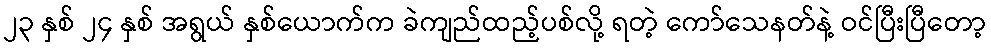
၂၃ နှစ် ၂၄ နှစ် အရွယ် နှစ်ယောက်က ခဲကျည်ထည့်ပစ်လို့ ရတဲ့ ကော်သေနတ်နဲ့ ဝင်ပြီးပြီတော့